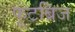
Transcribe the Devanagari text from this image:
फूटब्रिज